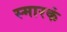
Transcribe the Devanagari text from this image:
स्मारकं